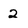
Character: 2